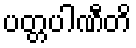
ပတ္တပါဏီတိ